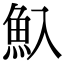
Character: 魞